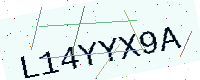
Text: L14YYX9A